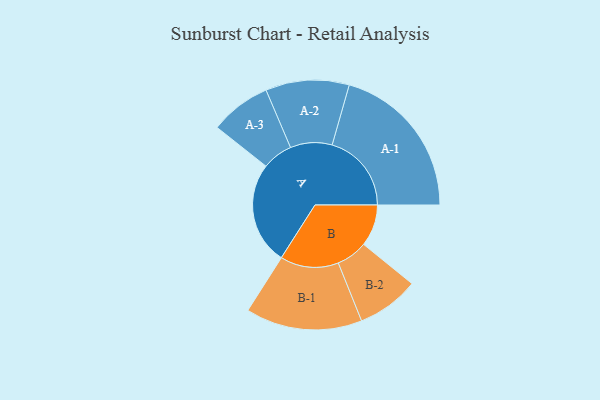
{"axis": {"x": "Segment", "y": "Value"}, "legend": ["", "A", "B"], "data": [{"x": "A", "y": 366, "type": ""}, {"x": "B", "y": 149, "type": ""}, {"x": "A-1", "y": 283, "type": "A"}, {"x": "A-2", "y": 149, "type": "A"}, {"x": "A-3", "y": 109, "type": "A"}, {"x": "B-1", "y": 208, "type": "B"}, {"x": "B-2", "y": 111, "type": "B"}]}